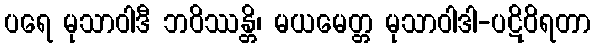
ပရေ မုသာဝါဒီ ဘဝိဿန္တိ၊ မယမေတ္တ မုသာဝါဒါ-ပဋိဝိရတာ